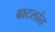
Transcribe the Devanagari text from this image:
बाटलांत